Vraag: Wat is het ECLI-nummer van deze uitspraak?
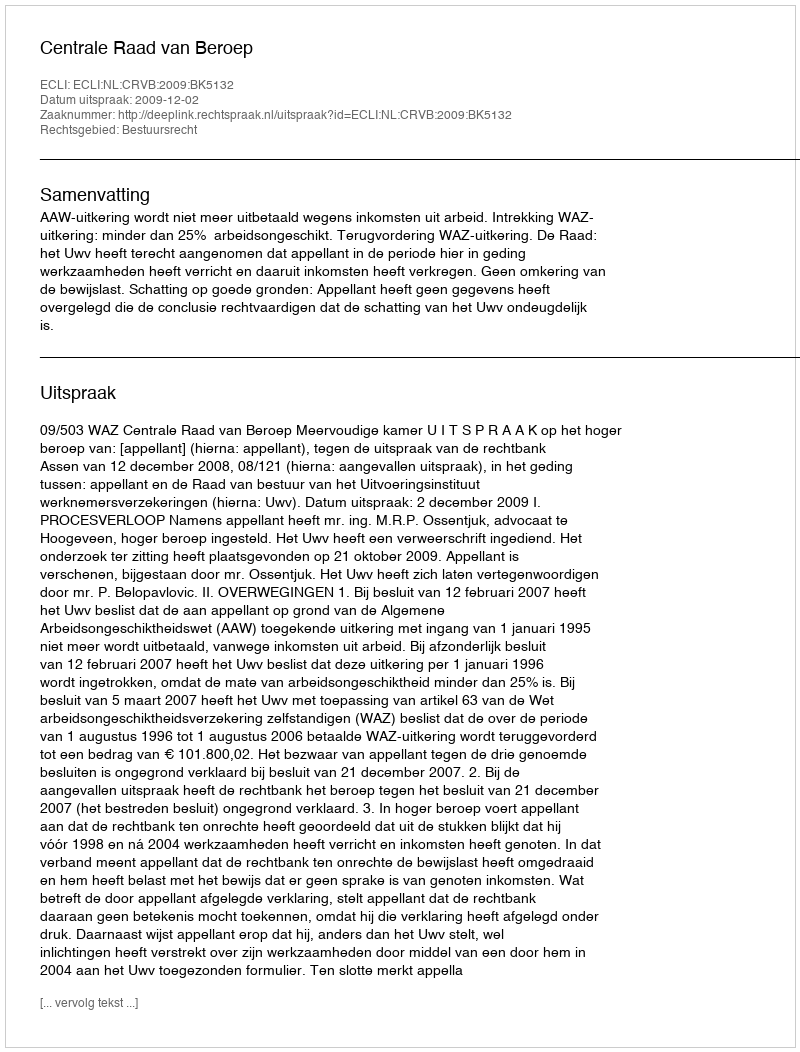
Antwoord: ECLI:NL:CRVB:2009:BK5132